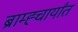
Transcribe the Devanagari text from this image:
ब्राम्ह्चार्यांत